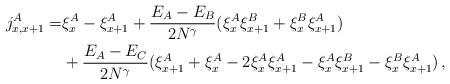
LaTeX: \begin{align*}\begin{aligned}j^A_{x,x+1}=&\xi^{A}_{x}-\xi^{A}_{x+1}+\frac{E_{A}-E_{B}}{2N^\gamma}(\xi^{A}_{x}\xi^{B}_{x+1}+\xi^{B}_{x}\xi^{A}_{x+1})\\&+\frac{E_{A}-E_{C}}{2N^\gamma}(\xi^{A}_{x+1}+\xi^{A}_{x}-2\xi^{A}_{x}\xi^{A}_{x+1}-\xi^{A}_{x}\xi^{B}_{x+1}-\xi^{B}_{x}\xi^{A}_{x+1})\,,\end{aligned}\end{align*}